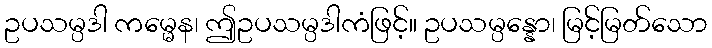
ဥပသမ္ပဒါ ကမ္မေန၊ ဤဥပသမ္ပဒါကံဖြင့်။ ဥပသမ္ပန္နော၊ မြင့်မြတ်သော